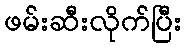
ဖမ်းဆီးလိုက်ပြီး